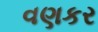
વણકર